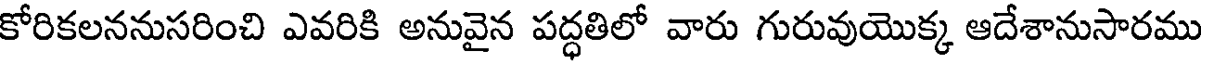
కోరికలననుసరించి ఎవరికి అనువైన పద్ధతిలో వారు గురువుయొక్క ఆదేశానుసారము